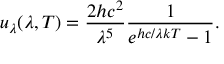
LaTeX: u _ { \lambda } ( \lambda , T ) = { \frac { 2 h c ^ { 2 } } { \lambda ^ { 5 } } } { \frac { 1 } { e ^ { h c / \lambda k T } - 1 } } .